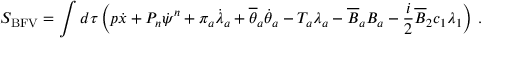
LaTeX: S _ { \mathrm { B F V } } = \int d \tau \left( p \dot { x } + P _ { n } \dot { \psi } ^ { n } + \pi _ { a } \dot { \lambda } _ { a } + \overline { { { \theta } } } _ { a } \dot { \theta } _ { a } - T _ { a } \lambda _ { a } - \overline { { { B } } } _ { a } B _ { a } - \frac { i } { 2 } \overline { { { B } } } _ { 2 } c _ { 1 } \lambda _ { 1 } \right) \, .